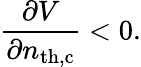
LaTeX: \frac{\partial V}{\partial n_{\mathrm{th,c}}}<0.